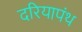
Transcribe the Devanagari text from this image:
दरियापंथ